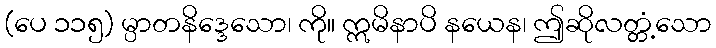
(ပေ ၁၁၅) မ္ပာတနိဒ္ဒေသော၊ ကို။ ဣမိနာပိ နယေန၊ ဤဆိုလတ္တံ့သော